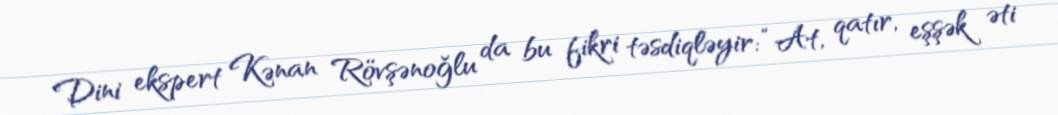
Dini ekspert Kənan Rövşənoğlu da bu fikri təsdiqləyir: “At, qatır, eşşək əti